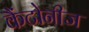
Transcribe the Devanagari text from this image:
कैंटोनीज